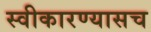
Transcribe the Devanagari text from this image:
स्वीकारण्यासच